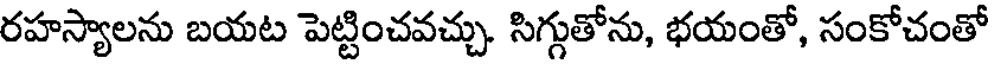
రహస్యాలను బయట పెట్టించవచ్చు. సిగ్గుతోను, భయంతో, సంకోచంతో